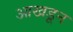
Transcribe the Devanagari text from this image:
आखडून